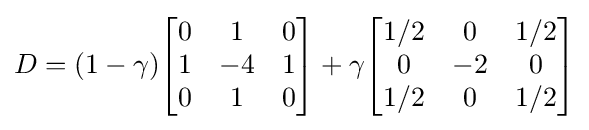
D=(1-\gamma ){\begin{bmatrix}0&1&0\\1&-4&1\\0&1&0\end{bmatrix}}+\gamma {\begin{bmatrix}1/2&0&1/2\\0&-2&0\\1/2&0&1/2\end{bmatrix}}